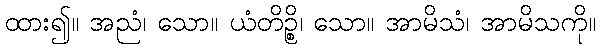
ထား၍။ အညံ၊ သော။ ယံတိဉ္စိ၊ သော။ အာမိသံ၊ အာမိသကို။